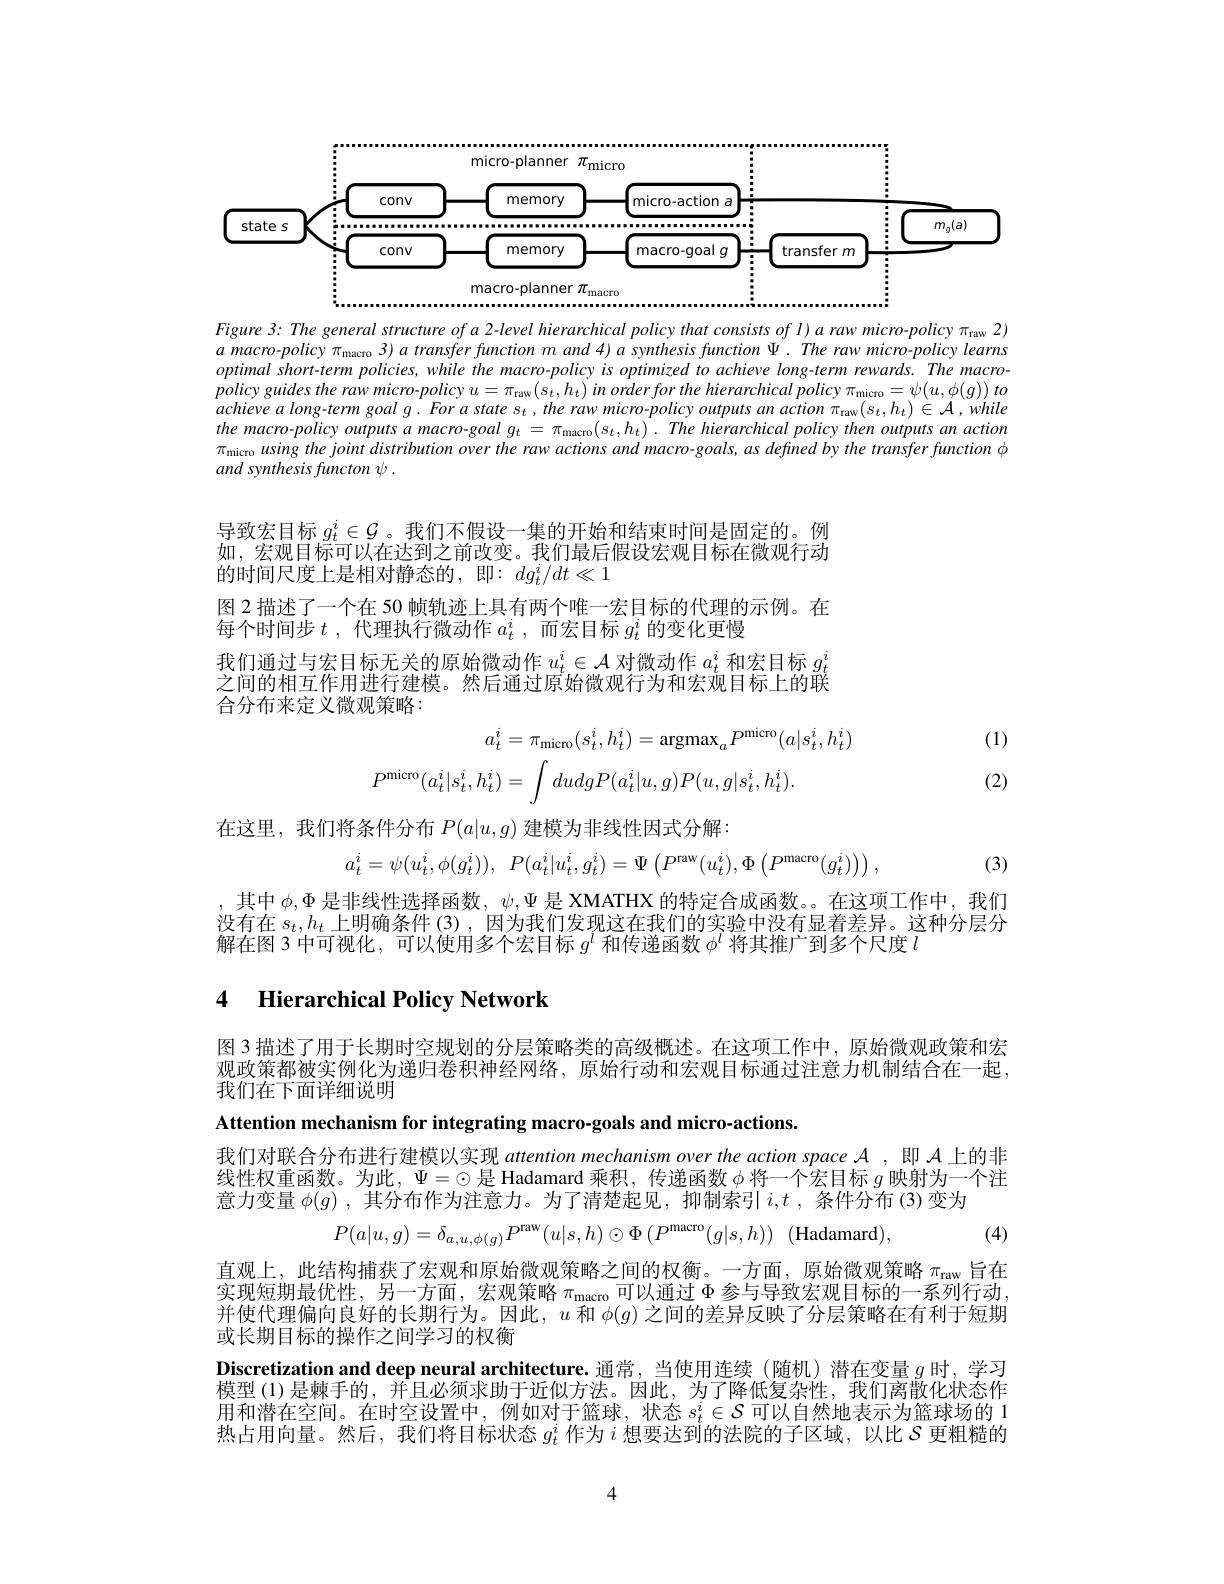
<FigureHere>

Figure 3: The general structure of a 2-level hierarchical policy that consists of l) a raw micro-policy $\pi_\mathrm{raw}$ 2) $a$ macro-policy $\pi_\text{macro }3)a$ transfer function $m$ and 4) a synthesis function $\Psi.The$ raw micro-policy learns optimal short-term policies, while the macro-policy is optimized to achieve long-term rewards. The macro- $policyguidestherawmicro- policyu= \pi _{\mathrm{raw}}( s_{t}, h_{t}) inorderforthe$ hierarchical policy $\pi _{\mathrm{micro}}= \psi ( u, \phi ( g) )$ $to$ $achievealong- termgoalg. Forastates_{t}, therawmicro- policyoutputsanaction\pi _{\mathrm{raw}}( s_{t}, h_{t}) \in \mathcal{A} , while$ the macro-policy outputs $a$ macro-goal $g_t=\pi_{\mathrm{macro}}(s_t,h_t).The$ hierarchical policy then outputs an action $\pi_{\mathrm{micro~}}using$ the joint distribution over the raw actions and macro-goals, as defined by the transfer function $\phi$ and synthesis functon ψ .

导致宏目标$g_t^i\in\mathcal{G}$ 。我们不假设一集的开始和结束时间是固定的。例如，宏观目标可以在达到之前改变。我们最后假设宏观目标在微观行动的时间尺度上是相对静态的，即：$dg_t^i/dt\ll1$

图 2 描述了一个在 50 帧轨迹上具有两个唯一宏目标的代理的示例。在
每个时间步$t$ ,代理执行微动作$a_t^i$ ,而宏目标$g_t^i$的变化更慢
我们通过与宏目标无关的原始微动作$u_t^i\in\mathcal{A}$对微动作$a_t^i$和宏目标$g_t^i$ 之间的相互作用进行建模。然后通过原始微观行为和宏观目标上的联合分布来定义微观策略：

(1)
$$a_{t}^{i}=\pi_{\mathrm{micro}}(s_{t}^{i},h_{t}^{i})=\mathrm{argmax}_{a}P^{\mathrm{micro}}(a|s_{t}^{i},h_{t}^{i})\\P^{\mathrm{micro}}(a_{t}^{i}|s_{t}^{i},h_{t}^{i})=\int dudgP(a_{t}^{i}|u,g)P(u,g|s_{t}^{i},h_{t}^{i}).$$
(2)

在这里，我们将条件分布$P(a|u,g)$建模为非线性因式分解：
$$a_t^i=\psi(u_t^i,\phi(g_t^i)),\:P(a_t^i|u_t^i,g_t^i)=\Psi\left(P^{\text{raw}}(u_t^i),\Phi\left(P^{\text{macro}}(g_t^i)\right)\right),$$
(3)

,其中$\phi,\Phi$是非线性选择函数，$\psi,\Psi$是 XMATHX 的特定合成函数。在这项工作中，我们没有在$s_t,h_t$上明确条件 (3),因为我们发现这在我们的实验中没有显着差异。这种分层分解在图 3 中可视化，可以使用多个宏目标$g^l$和传递函数$\phi^l$将其推广到多个尺度$l$

# 4 Hierarchical Policy Network

图 3 描述了用于长期时空规划的分层策略类的高级概述。在这项工作中，原始微观政策和宏观政策都被实例化为递归卷积神经网络，原始行动和宏观目标通过注意力机制结合在一起， 我们在下面详细说明

(4)

Attention mechanism for integrating macro-goals and micro-actions.
我们对联合分布进行建模以实现 attention mechanism over the action space $\mathcal{A}$ ,即$\mathcal{A}$上的非线性权重函数。为此，$\Psi=\odot$是 Hadamard 乘积，传递函数$\phi$将一个宏目标$g$映射为一个注意力变量$\phi(g)$ ,其分布作为注意力。为了清楚起见，抑制索引$i,t$ ,条件分布 (3)变为
$$P(a|u,g)=\delta_{a,u,\phi(g)}P^{\mathrm{raw}}(u|s,h)\odot\Phi\left(P^{\mathrm{macro}}(g|s,h)\right)\:(\mathrm{H}$$
直观上，此结构捕获了宏观和原始微观策略之间的权衡。一方面，原始微观策略$\pi_\mathrm{raw}$旨在实现短期最优性，另一方面，宏观策略$\pi_\mathrm{macro}$可以通过$\Phi$参与导致宏观目标的一系列行动， 并使代理偏向良好的长期行为。因此，$u$和$\phi(g)$之间的差异反映了分层策略在有利于短期或长期目标的操作之间学习的权衡
Discretization and deep neural architecture. 通常，当使用连续 (随机)潜在变量$g$时，学习模型 (1)是棘手的，并且必须求助于近似方法。因此，为了降低复杂性，我们离散化状态作用和潜在空间。在时空设置中，例如对于篮球，状态$s_t^i\in\mathcal{S}$可以自然地表示为篮球场的 1热占用向量。然后，我们将目标状态$g_t^i$作为$i$想要达到的法院的子区域，以比$S$更粗糙的

4